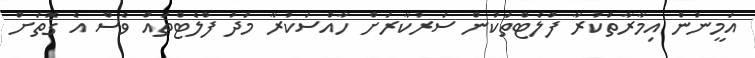
އަމީނުން އިމާރާތްކުރާ ފްލެޓްތަކުން ސަރުކާރަށް ހާއްސަކުރާ މަދު ފްލެޓްތައް ވެސް އެ ގޮތަށް